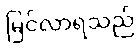
မြင်လာရသည်